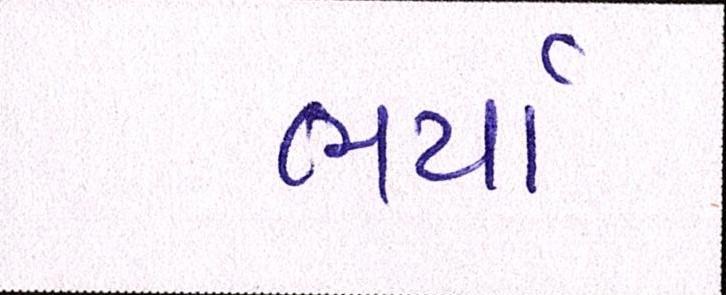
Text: ભર્યો